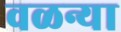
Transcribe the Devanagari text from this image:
वळन्या